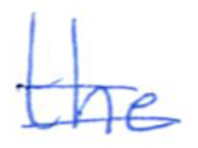
Text: the
Cross-out: double-line
Writing tool: ballpoint